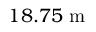
1 8 . 7 5 \mathrm { ~ m ~ }